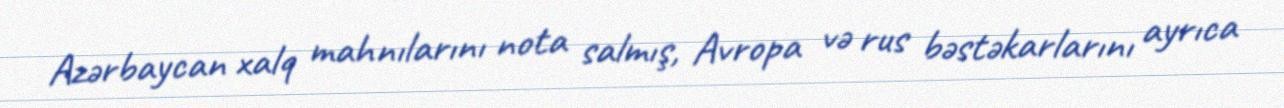
Azərbaycan xalq mahnılarını nota salmış, Avropa və rus bəstəkarlarını ayrıca